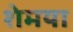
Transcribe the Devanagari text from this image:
शेमया